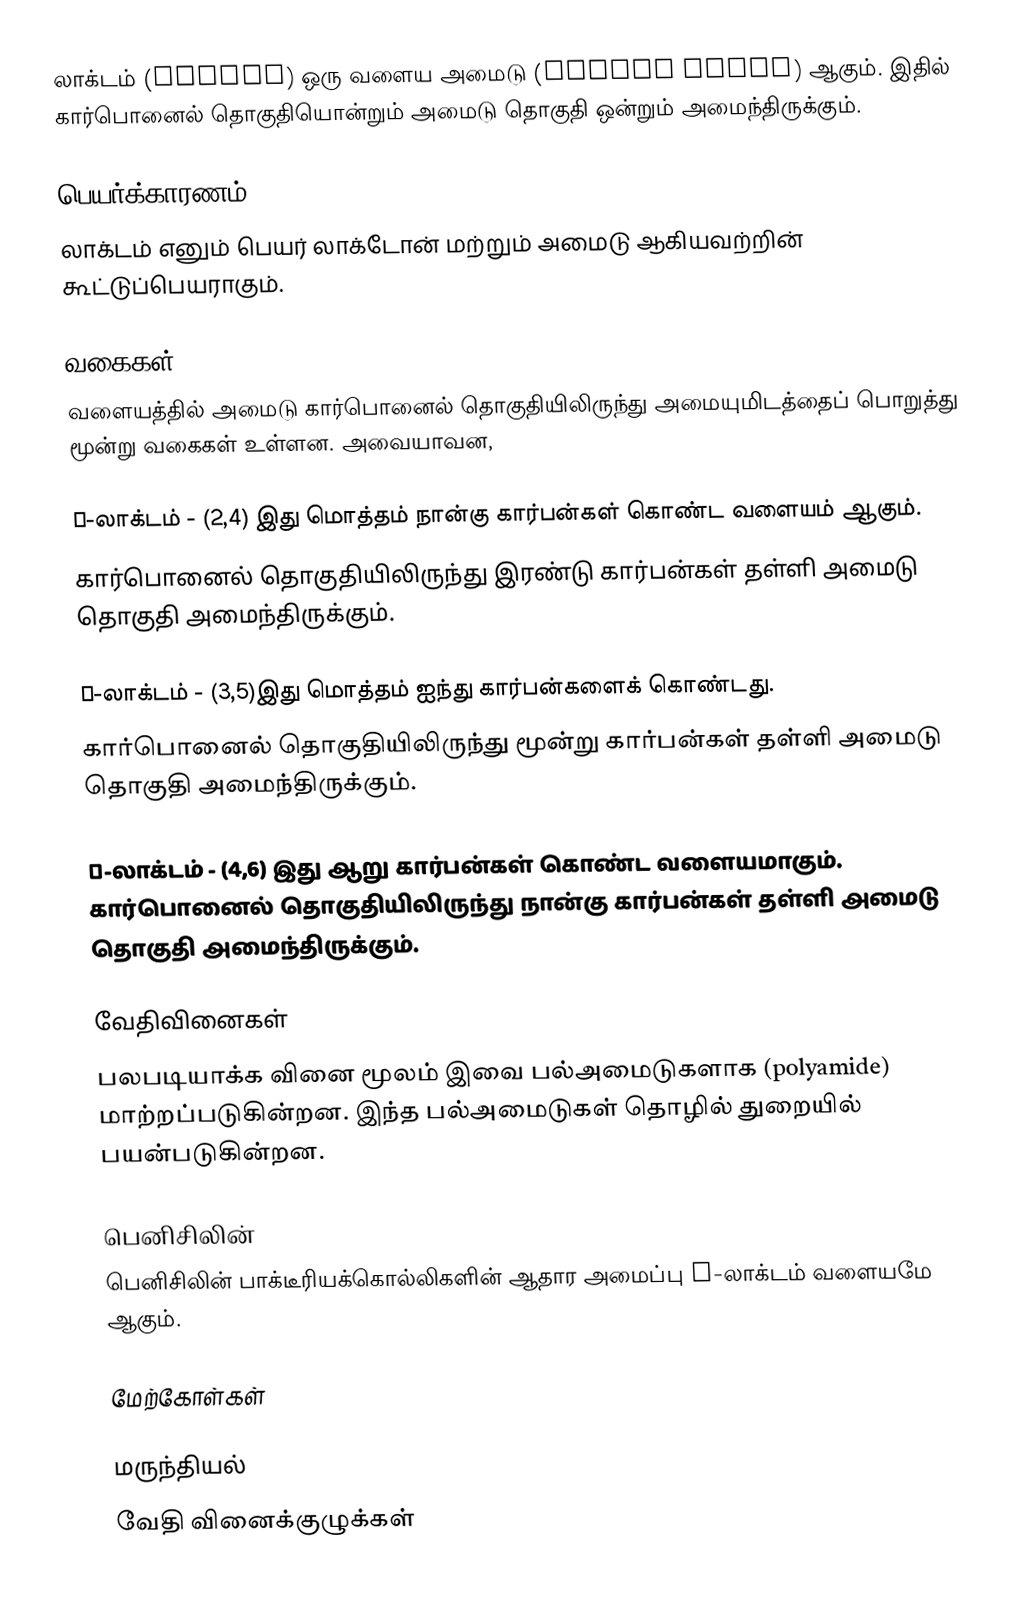
லாக்டம் (lactam) ஒரு வளைய அமைடு (cyclic amide) ஆகும். இதில்  கார்பொனைல் தொகுதியொன்றும்  அமைடு தொகுதி ஒன்றும் அமைந்திருக்கும்.

பெயர்க்காரணம்
லாக்டம் எனும் பெயர் லாக்டோன் மற்றும் அமைடு ஆகியவற்றின் கூட்டுப்பெயராகும்.

வகைகள்
வளையத்தில் அமைடு  கார்பொனைல் தொகுதியிலிருந்து அமையுமிடத்தைப் பொறுத்து மூன்று வகைகள் உள்ளன. அவையாவன,

β-லாக்டம் - (2,4) இது மொத்தம் நான்கு கார்பன்கள் கொண்ட வளையம் ஆகும்.
கார்பொனைல் தொகுதியிலிருந்து இரண்டு கார்பன்கள் தள்ளி அமைடு தொகுதி அமைந்திருக்கும்.

γ-லாக்டம் - (3,5)இது மொத்தம் ஐந்து கார்பன்களைக் கொண்டது.
கார்பொனைல் தொகுதியிலிருந்து மூன்று கார்பன்கள் தள்ளி அமைடு தொகுதி அமைந்திருக்கும்.

δ-லாக்டம் - (4,6) இது ஆறு கார்பன்கள் கொண்ட வளையமாகும். கார்பொனைல் தொகுதியிலிருந்து நான்கு கார்பன்கள் தள்ளி அமைடு தொகுதி அமைந்திருக்கும்.

வேதிவினைகள்
பலபடியாக்க வினை மூலம் இவை பல்அமைடுகளாக (polyamide) மாற்றப்படுகின்றன. இந்த பல்அமைடுகள் தொழில் துறையில் பயன்படுகின்றன.

பெனிசிலின்
பெனிசிலின் பாக்டீரியக்கொல்லிகளின் ஆதார அமைப்பு β-லாக்டம் வளையமே ஆகும்.

மேற்கோள்கள்

மருந்தியல்
வேதி வினைக்குழுக்கள்